NAE_ERA_R-2362_Emakeele_Selts, lk 40
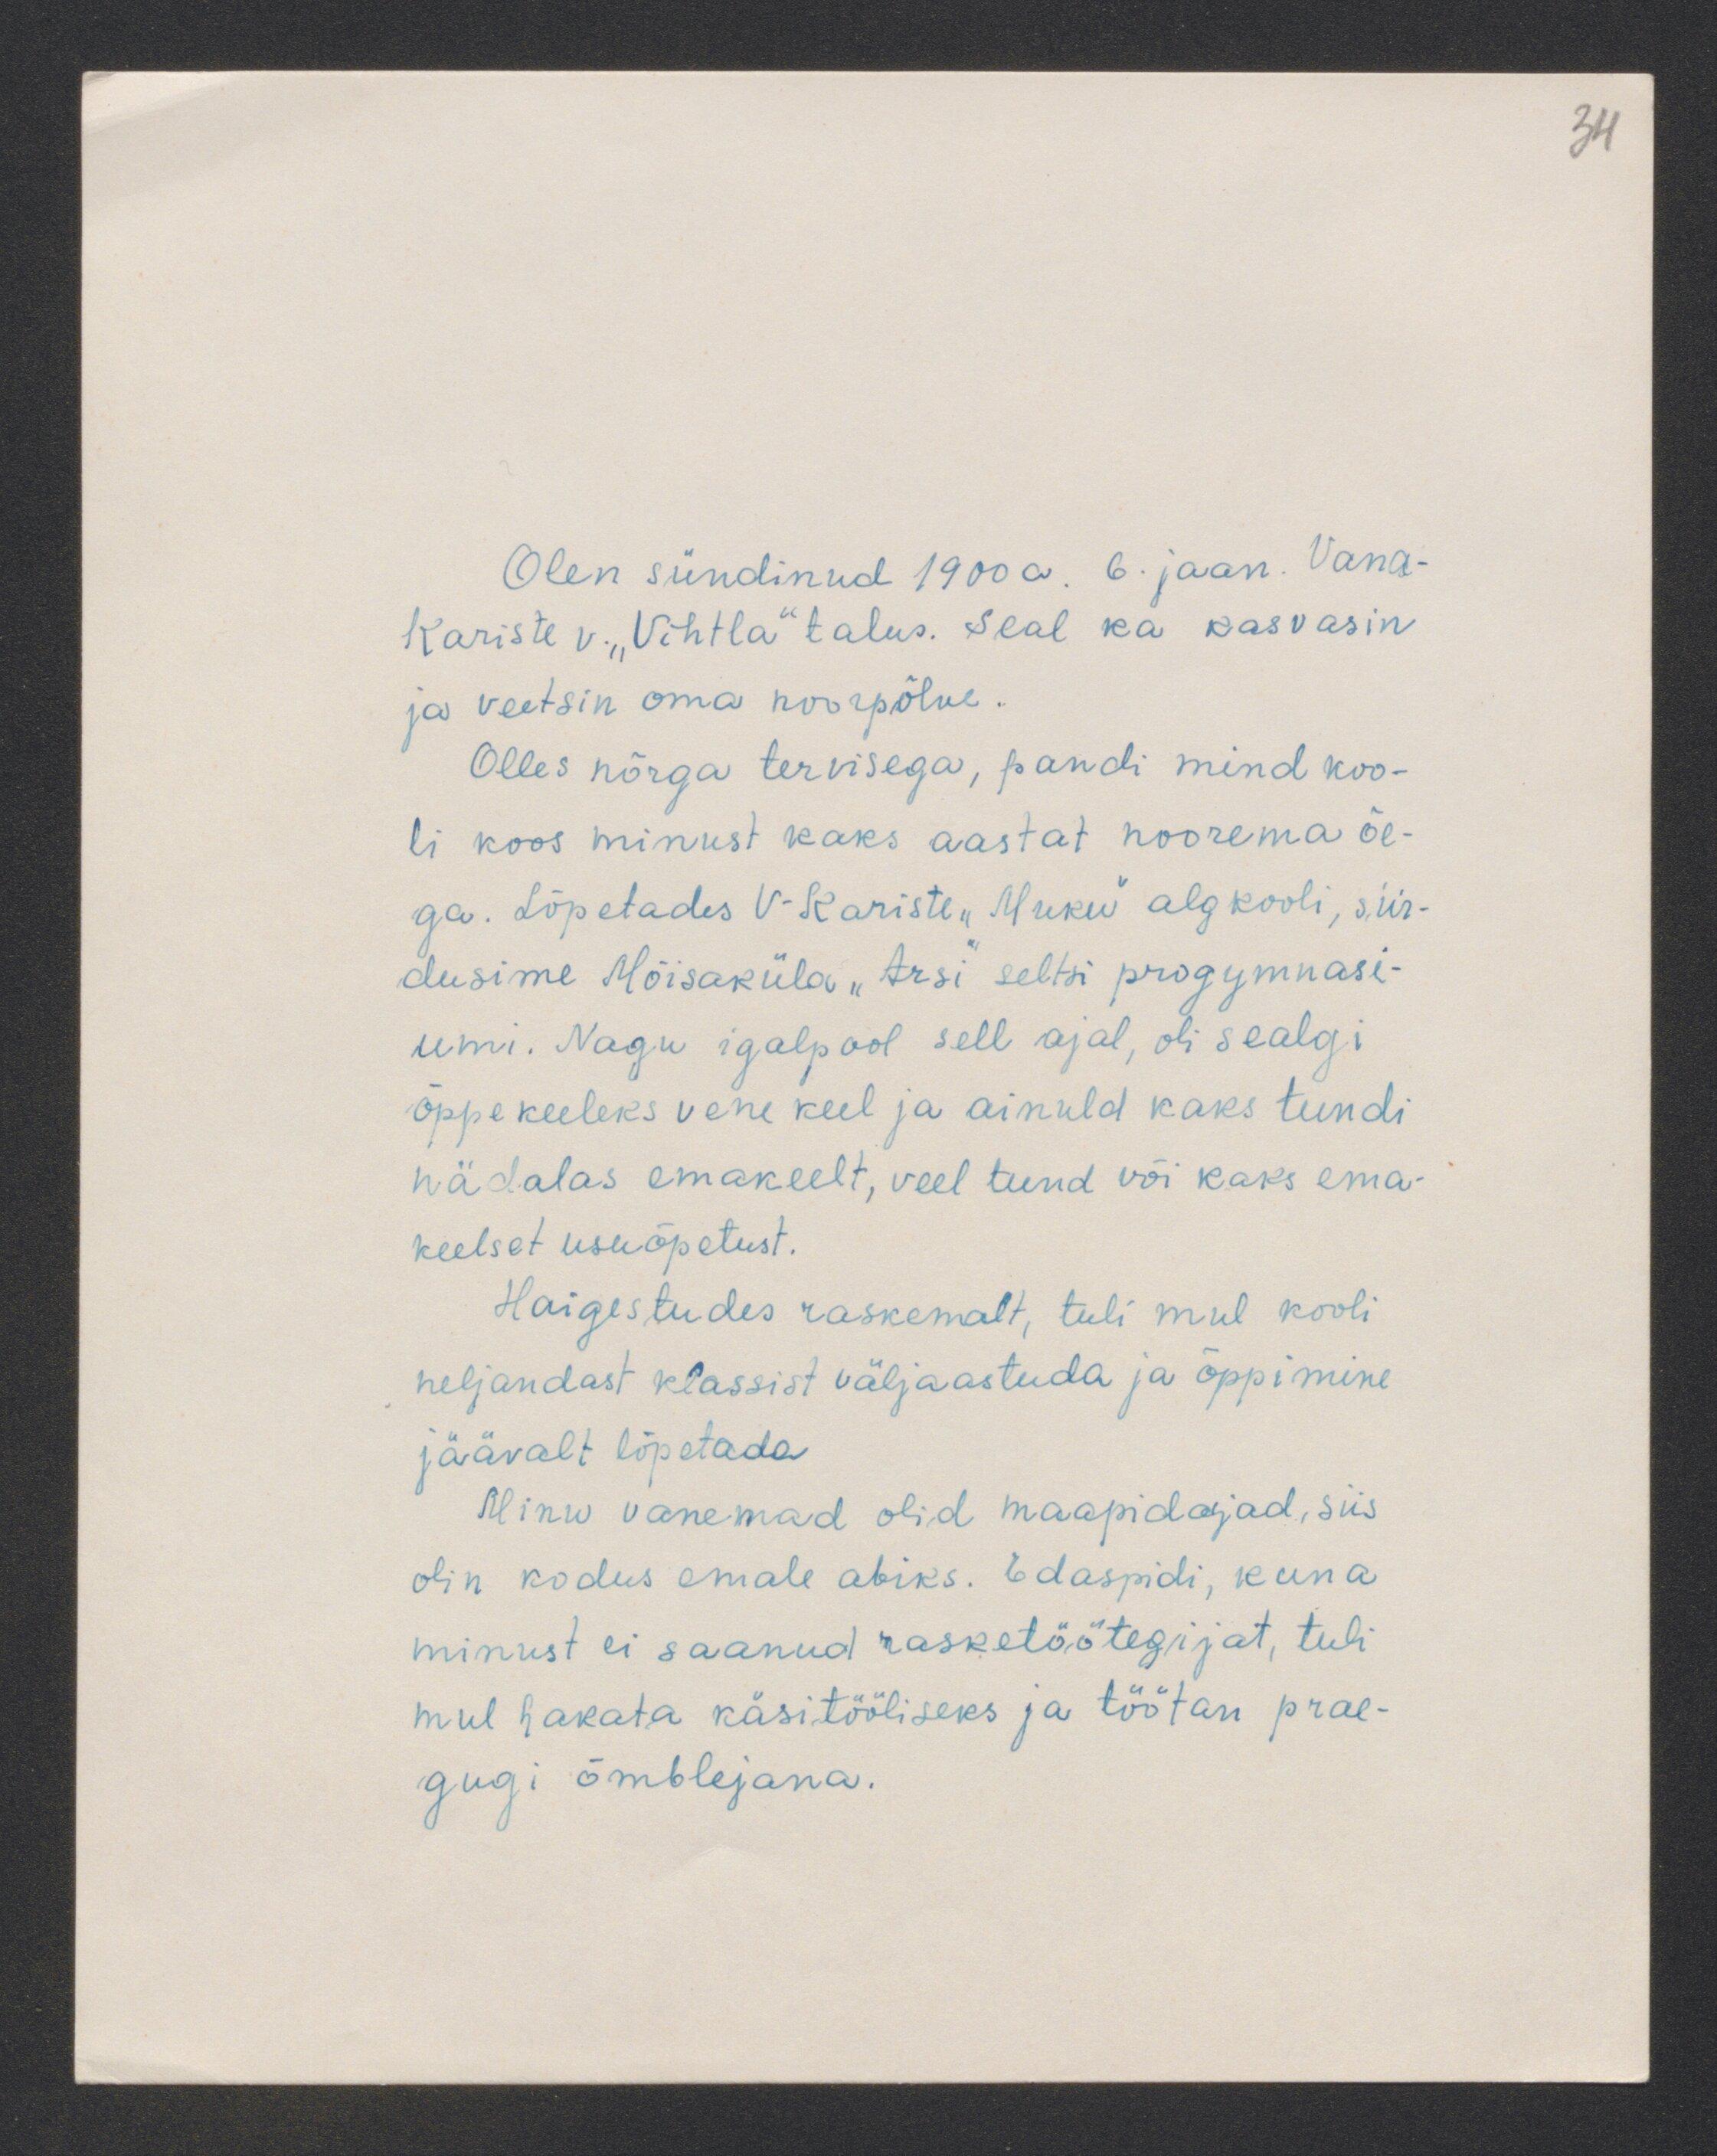
34

Olen sündinud 1900 a. 6. jaan. Vana-
Kariste v. "Vihtla" talus. Seal ka kasvasin
ja veetsin oma noorpõlve.
Olles nõrga tervisega, pandi mind koo-
li koos minust kaks aastat noorema õe-
ga. Lõpetades V-Kariste "Muku" algkooli, siir-
dusime Mõisaküla "Arsi" seltsi progymnasi-
umi. Nagu igalpool sell ajal, oli sealgi
õppe keeleks vene keel ja ainult kaks tundi
nädalas emakeelt, veel tund või kaks ema-
keelset usuõpetust.
Haigestudes raskemalt, tuli mul kooli
neljandast klassist väljaastuda ja õppimine
jäävalt lõpetada
Minu vanemad olid maapidajad, siis
olin kodus emale abiks. Edaspidi, kuna
minust ei saanud rasketöötegijat, tuli
mul hakata käsitööliseks ja töötan prae-
gugi õmblejana.